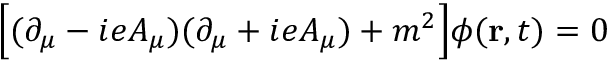
\Big [ ( \partial _ { \mu } - i e A _ { \mu } ) ( \partial _ { \mu } + i e A _ { \mu } ) + m ^ { 2 } \Big ] \phi ( \mathbf { r } , t ) = 0